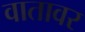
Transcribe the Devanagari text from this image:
वातावर